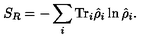
S _ { R } = - \sum _ { i } \mathrm { T r } _ { i } \hat { \rho } _ { i } \ln \hat { \rho } _ { i } .